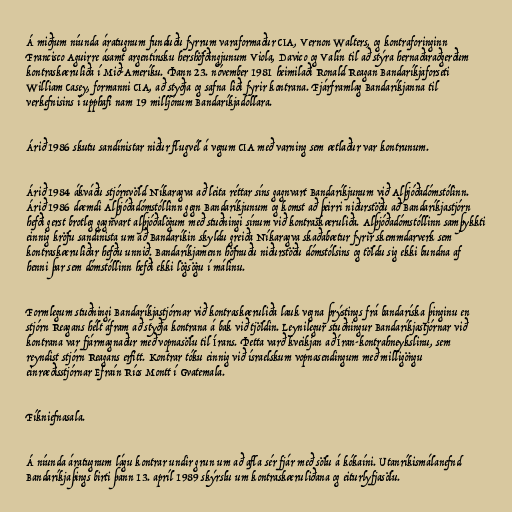
Á miðjum níunda áratugnum funduðu fyrrum varaformaður CIA, Vernon Walters, og kontraforinginn
Francisco Aguirre ásamt argentínsku hershöfðingjunum Viola, Davico og Valín til að stýra hernaðaraðgerðum
kontraskæruliða í Mið-Ameríku. Þann 23. nóvember 1981 heimilaði Ronald Reagan Bandaríkjaforseti
William Casey, formanni CIA, að styðja og safna liði fyrir kontrana. Fjárframlag Bandaríkjanna til
verkefnisins í upphafi nam 19 milljónum Bandaríkjadollara.

Árið 1986 skutu sandínistar niður flugvél á vegum CIA með varning sem ætlaður var kontrunum.

Árið 1984 ákváðu stjórnvöld Níkaragva að leita réttar síns gagnvart Bandaríkjunum við Alþjóðadómstólinn.
Árið 1986 dæmdi Alþjóðadómstóllinn gegn Bandaríkjunum og komst að þeirri niðurstöðu að Bandaríkjastjórn
hefði gerst brotleg gagnvart alþjóðalögum með stuðningi sínum við kontraskæruliða. Alþjóðadómstóllinn samþykkti
einnig kröfu sandínista um að Bandaríkin skyldu greiða Níkaragva skaðabætur fyrir skemmdarverk sem
kontraskæruliðar hefðu unnið. Bandaríkjamenn höfnuðu niðurstöðu dómstólsins og töldu sig ekki bundna af
henni þar sem dómstóllinn hefði ekki lögsögu í málinu.

Formlegum stuðningi Bandaríkjastjórnar við kontraskæruliða lauk vegna þrýstings frá bandaríska þinginu en
stjórn Reagans hélt áfram að styðja kontrana á bak við tjöldin. Leynilegur stuðningur Bandaríkjastjórnar við
kontrana var fjármagnaður með vopnasölu til Írans. Þetta varð kveikjan að Íran-kontrahneykslinu, sem
reyndist stjórn Reagans erfitt. Kontrar tóku einnig við ísraelskum vopnasendingum með milligöngu
einræðisstjórnar Efraín Ríos Montt í Gvatemala.

Fíkniefnasala.

Á níunda áratugnum lágu kontrar undir grun um að afla sér fjár með sölu á kókaíni. Utanríkismálanefnd
Bandaríkjaþings birti þann 13. apríl 1989 skýrslu um kontraskæruliðana og eiturlyfjasölu.